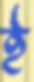
ই